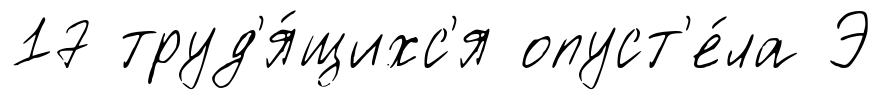
17 труд'я́щихс'я опуст'е́ла Э